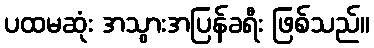
ပထမဆုံး အသွားအပြန်ခရီး ဖြစ်သည်။